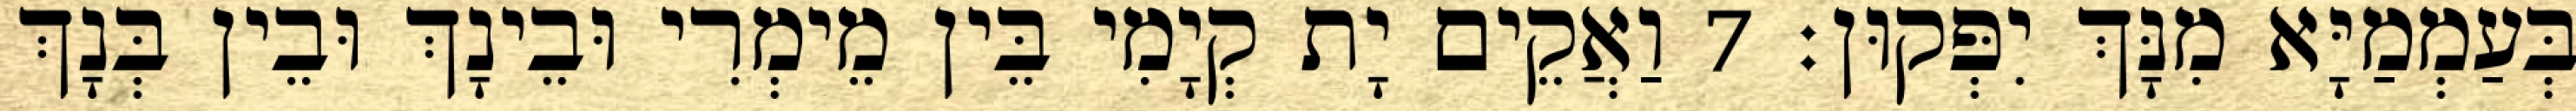
בְּעַמְמַיָּא מִנָּךְ יִפְּקוּן׃ 7 וַאֲקֵים יָת קְיָמִי בֵּין מֵימְרִי וּבֵינָךְ וּבֵין בְּנָךְ